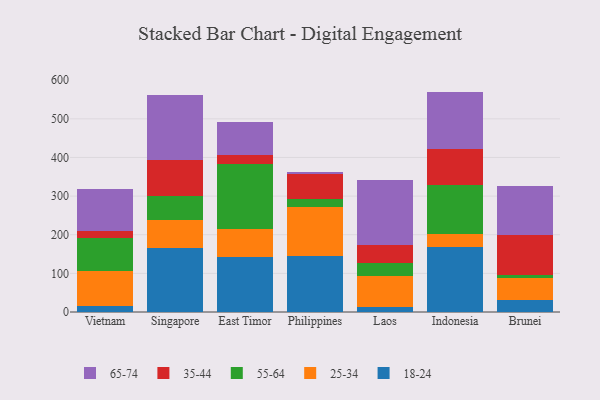
{"axis": {"x": "Country", "y": "Satisfaction Score"}, "legend": ["18-24", "25-34", "35-44", "55-64", "65-74"], "data": [{"x": "Vietnam", "y": 14.7, "type": "18-24"}, {"x": "Vietnam", "y": 90.3, "type": "25-34"}, {"x": "Vietnam", "y": 85.3, "type": "55-64"}, {"x": "Vietnam", "y": 18.2, "type": "35-44"}, {"x": "Vietnam", "y": 110.1, "type": "65-74"}, {"x": "Singapore", "y": 166.9, "type": "18-24"}, {"x": "Singapore", "y": 72.0, "type": "25-34"}, {"x": "Singapore", "y": 61.1, "type": "55-64"}, {"x": "Singapore", "y": 94.3, "type": "35-44"}, {"x": "Singapore", "y": 167.5, "type": "65-74"}, {"x": "East Timor", "y": 143.0, "type": "18-24"}, {"x": "East Timor", "y": 73.0, "type": "25-34"}, {"x": "East Timor", "y": 166.9, "type": "55-64"}, {"x": "East Timor", "y": 24.1, "type": "35-44"}, {"x": "East Timor", "y": 83.6, "type": "65-74"}, {"x": "Philippines", "y": 144.4, "type": "18-24"}, {"x": "Philippines", "y": 127.4, "type": "25-34"}, {"x": "Philippines", "y": 20.1, "type": "55-64"}, {"x": "Philippines", "y": 64.1, "type": "35-44"}, {"x": "Philippines", "y": 7.3, "type": "65-74"}, {"x": "Laos", "y": 12.8, "type": "18-24"}, {"x": "Laos", "y": 81.3, "type": "25-34"}, {"x": "Laos", "y": 32.3, "type": "55-64"}, {"x": "Laos", "y": 45.8, "type": "35-44"}, {"x": "Laos", "y": 169.5, "type": "65-74"}, {"x": "Indonesia", "y": 168.3, "type": "18-24"}, {"x": "Indonesia", "y": 32.5, "type": "25-34"}, {"x": "Indonesia", "y": 127.9, "type": "55-64"}, {"x": "Indonesia", "y": 93.4, "type": "35-44"}, {"x": "Indonesia", "y": 148.4, "type": "65-74"}, {"x": "Brunei", "y": 30.4, "type": "18-24"}, {"x": "Brunei", "y": 57.6, "type": "25-34"}, {"x": "Brunei", "y": 8.2, "type": "55-64"}, {"x": "Brunei", "y": 102.5, "type": "35-44"}, {"x": "Brunei", "y": 127.4, "type": "65-74"}]}